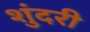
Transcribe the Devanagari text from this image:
शुंदरी